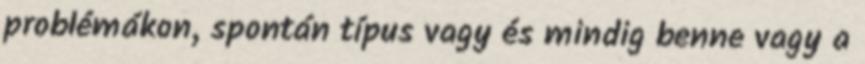
problémákon, spontán típus vagy és mindig benne vagy a